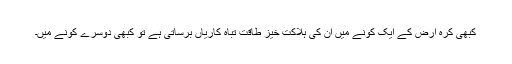
کبھی کرہ ارض کے ایک کونے میں ان کی ہلاکت خیز طاقت تباہ کاریاں برساتی ہے تو کبھی دوسرے کونے میں۔